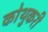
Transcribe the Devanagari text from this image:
कोथुकरी